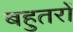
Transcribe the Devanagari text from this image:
बहुतरों